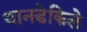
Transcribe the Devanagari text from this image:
थानडेकिले